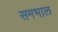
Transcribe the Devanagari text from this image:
समभाल